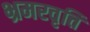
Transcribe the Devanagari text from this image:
भ्रमरवृत्ति